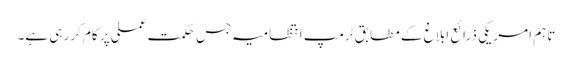
تاہم امریکی ذرائع ابلاغ کے مطابق ٹرمپ انتظامیہ جس حکمت عملی پر کام کر رہی ہے۔